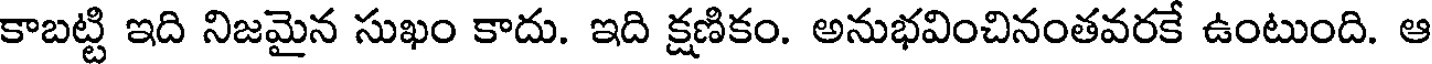
కాబట్టి ఇది నిజమైన సుఖం కాదు. ఇది క్షణికం. అనుభవించినంతవరకే ఉంటుంది. ఆ